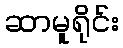
ဆာမူရိုင်း